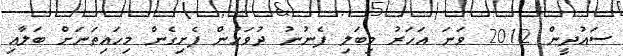
ސައުދީން 2012 ވަނަ އަހަރު މިބަލި ފެނުނު ދުވަހުން ފެށިގެން މިހައިތަނަށް ބަލާއި